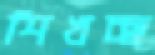
শিখচ্ছ